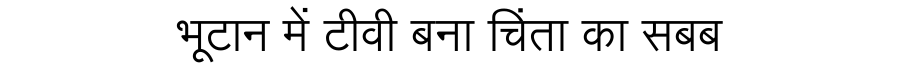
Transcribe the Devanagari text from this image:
भूटान में टीवी बना चिंता का सबब